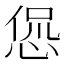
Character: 𫺛